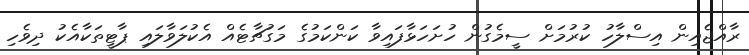
ރާއްޖެއިން އިސްލާހު ކުރުމަށް ސީމެގުން ހުށަހަޅާފައިވާ ކަންކަމުގެ މަގުޗާޓެއް އެކުލަވާލައި ޕާޓީތަކާއެކު ދިވެހި